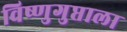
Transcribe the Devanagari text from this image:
विष्णुगुप्ताला